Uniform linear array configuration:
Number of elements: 64
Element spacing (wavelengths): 0.5
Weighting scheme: cosine
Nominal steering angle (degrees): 60
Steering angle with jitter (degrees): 58.56
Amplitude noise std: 0.05
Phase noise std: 0.05

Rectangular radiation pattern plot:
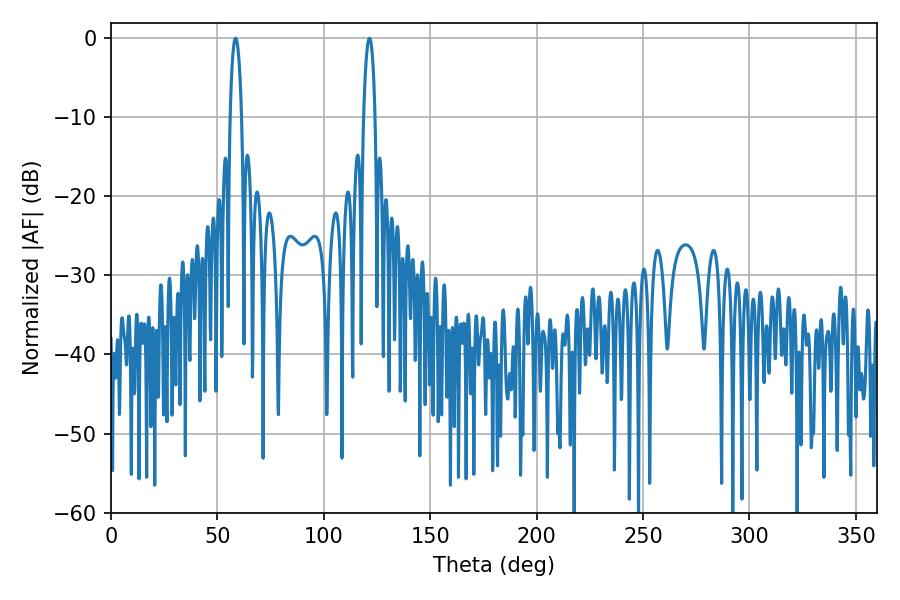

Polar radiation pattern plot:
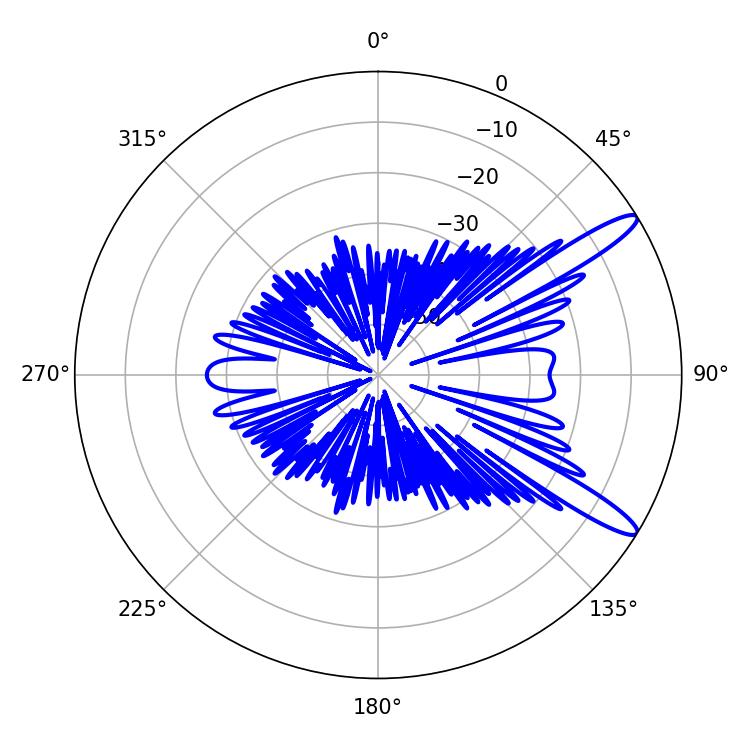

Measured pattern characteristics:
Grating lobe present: FALSE
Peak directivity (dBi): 12.886
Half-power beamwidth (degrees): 3.06
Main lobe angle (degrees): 58.5